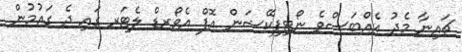
ޗައިނާ މެދު އެއްބަސްވެ ނޯޓިފިކޭޝަން އޮފް އެވޯރޑް ލެޓަރ ގައި ދެ ގައުމުން